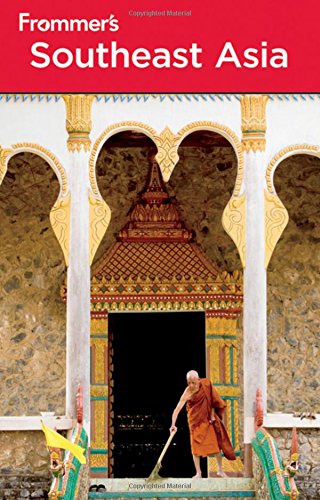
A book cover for Frommer's Southeast Asia (Frommer's Complete Guides); Daniel White; Travel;